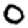
Digit: 0